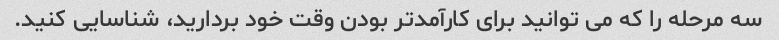
سه مرحله را که می توانید برای کارآمدتر بودن وقت خود بردارید، شناسایی کنید.